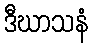
ဒီဃာသနံ